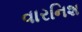
વારનિશ